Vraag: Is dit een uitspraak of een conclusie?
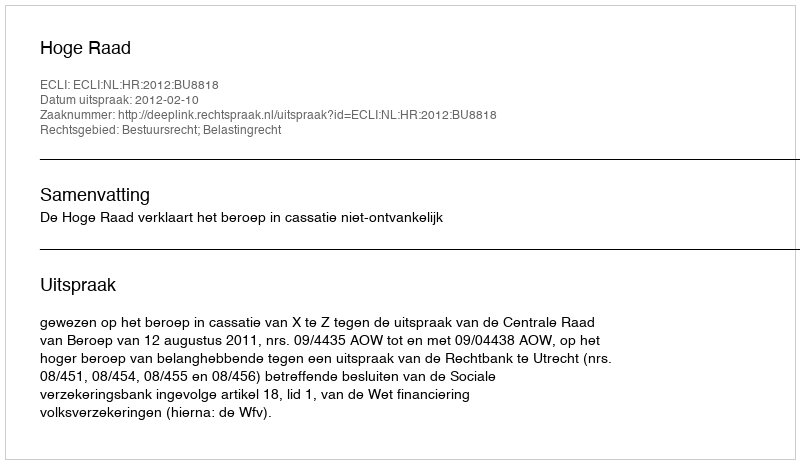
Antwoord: Uitspraak